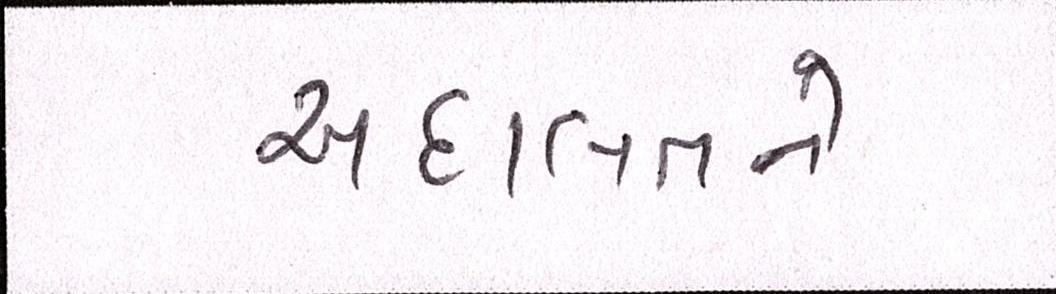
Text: અદાલતને